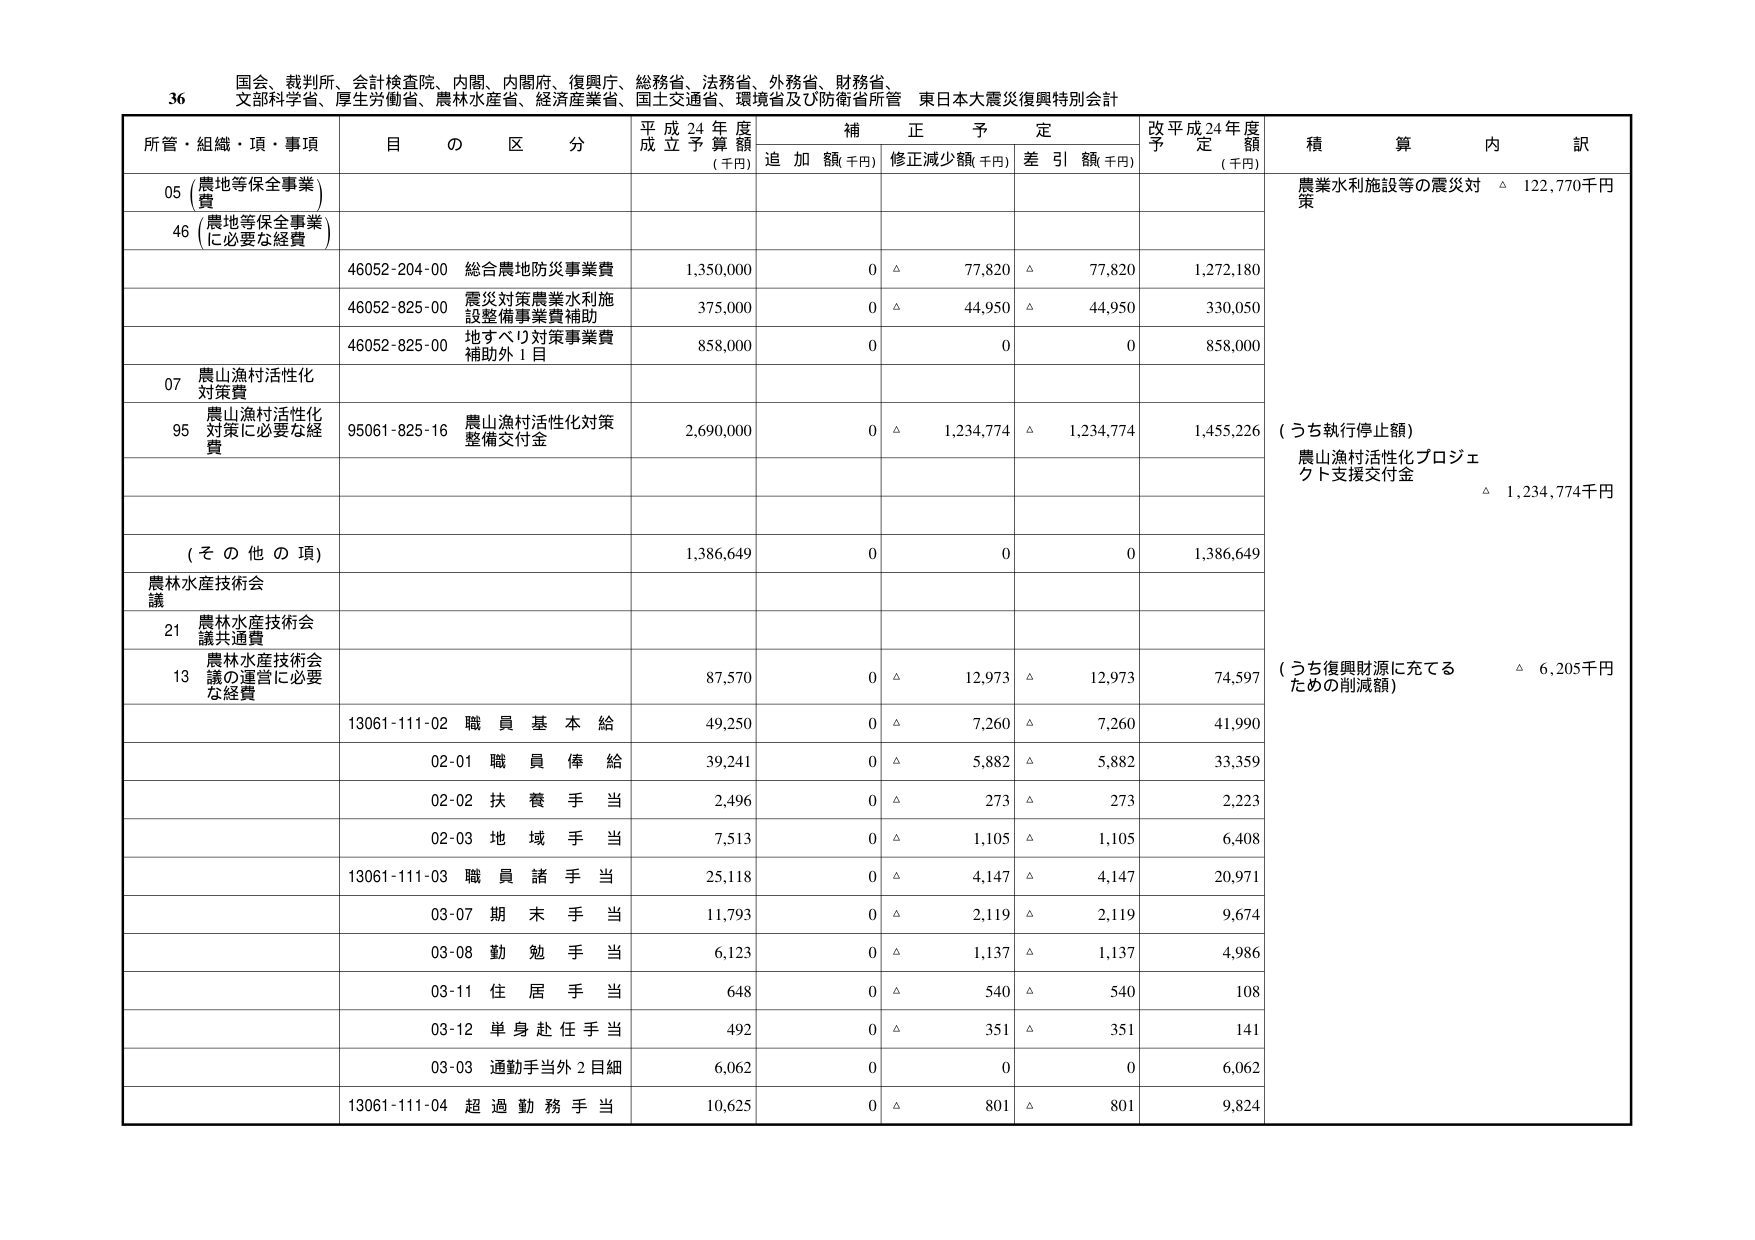
36 国会、裁判所、会計検査院、内閣、内閣府、復興庁、総務省、法務省、外務省、財務省、
文部科学省、厚生労働省、農林水産省、経済産業省、国土交通省、環境省及び防衛省所管 東日本大震災復興特別会計

所管・組織・項・事項 目 の 区 分 平成24年度 成立予算額 (千円) 補正予定 追加額(千円) 修正減少額(千円) 差引額(千円) 改平成24年度 予定額 (千円) 積算内訳

05 (農地等保全事業費) 農業水利施設等の震災対策 △ 122,770千円
46 (農地等保全事業に必要な経費)
46052-204-00 総合農地防災事業費 1,350,000 0 △ 77,820 △ 77,820 1,272,180
46052-825-00 震災対策農業水利施設整備事業費補助 375,000 0 △ 44,950 △ 44,950 330,050
46052-825-00 地すべり対策事業費補助外1目 858,000 0 0 0 858,000

07 農山漁村活性化対策費
95 農山漁村活性化対策に必要な経費 95061-825-16 農山漁村活性化対策整備交付金 2,690,000 0 △ 1,234,774 △ 1,234,774 1,455,226 (うち執行停止額) 農山漁村活性化プロジェクト支援交付金 △ 1,234,774千円

(その他の項) 1,386,649 0 0 0 1,386,649

農林水産技術会議
21 農林水産技術会議共通費
13 農林水産技術会議の運営に必要な経費 87,570 0 △ 12,973 △ 12,973 74,597 (うち復興財源に充てるための削減額) △ 6,205千円
13061-111-02 職員基本給 49,250 0 △ 7,260 △ 7,260 41,990
02-01 職員俸給 39,241 0 △ 5,882 △ 5,882 33,359
02-02 扶養手当 2,496 0 △ 273 △ 273 2,223
02-03 地域手当 7,513 0 △ 1,105 △ 1,105 6,408
13061-111-03 職員諸手当 25,118 0 △ 4,147 △ 4,147 20,971
03-07 期末手当 11,793 0 △ 2,119 △ 2,119 9,674
03-08 勤勉手当 6,123 0 △ 1,137 △ 1,137 4,986
03-11 住居手当 648 0 △ 540 △ 540 108
03-12 単身赴任手当 492 0 △ 351 △ 351 141
03-03 通勤手当外2目細 6,062 0 0 0 6,062
13061-111-04 超過勤務手当 10,625 0 △ 801 △ 801 9,824